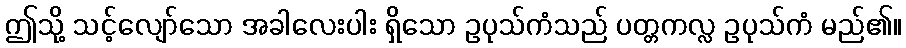
ဤသို့ သင့်လျော်သော အခါလေးပါး ရှိသော ဥပုသ်ကံသည် ပတ္တကလ္လ ဥပုသ်ကံ မည်၏။